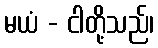
မယံ - ငါတို့သည်၊